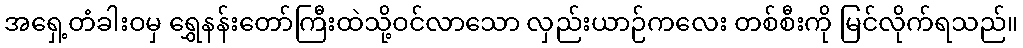
အရှေ့တံခါးဝမှ ရွှေနန်းတော်ကြီးထဲသို့ဝင်လာသော လှည်းယာဉ်ကလေး တစ်စီးကို မြင်လိုက်ရသည်။